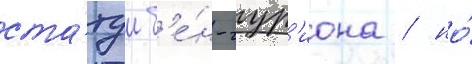
ста́туи б'е́н-гур'иона / но́